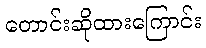
တောင်းဆိုထားကြောင်း